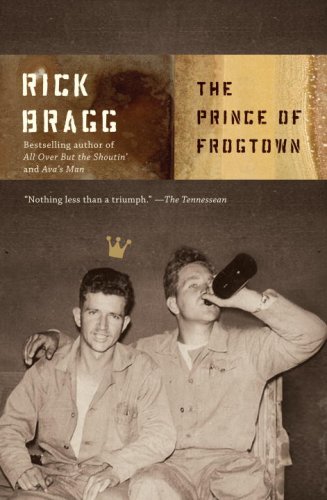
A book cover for The Prince of Frogtown; Rick Bragg; Biographies & Memoirs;